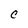
Character: C